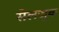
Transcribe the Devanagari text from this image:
सेलजुक